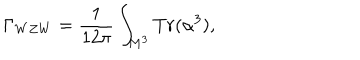
\Gamma _ { W Z W } = \frac { 1 } { 1 2 \pi } \int _ { M ^ { 3 } } T r ( \alpha ^ { 3 } ) ,